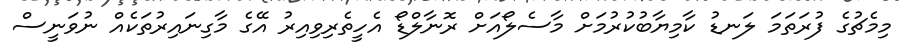
މިމެޗުގެ ފުރަތަމަ ލަނޑު ކާމިޔާބުކުރުމަށް މާސެލޯއަށް ރޮނާލްޑޯ އެހީތެރިވިއިރު އޭގެ މާގިނައިރުތަކެއް ނުވަނީސް